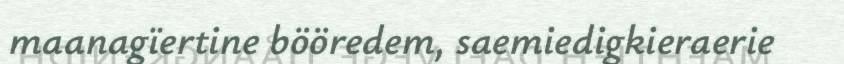
maanagïertine bööredem, saemiedigkieraerie